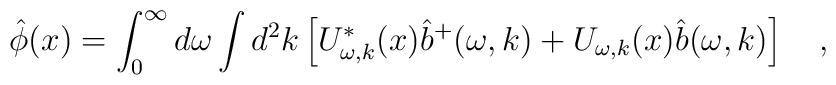
\hat{\phi}(x)=\int_{0}^{\infty}d\omega\int d^2k\left[U^{*}_{\omega,k}(x)\hat{b}^{+}(\omega,k)+U_{\omega,k}(x)\hat{b}(\omega,k)\right]~~~,